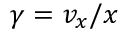
\gamma = v _ { x } / x